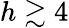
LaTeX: h\gtrsim 4